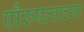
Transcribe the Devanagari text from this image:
पौरुषत्वाच्या